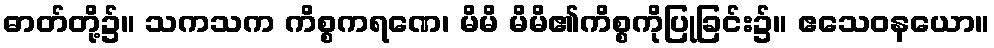
ဓာတ်တို့၌။ သကသက ကိစ္စကရဏေ၊ မိမိ မိမိ၏ကိစ္စကိုပြုခြင်း၌။ ဧသေဝနယော။